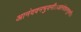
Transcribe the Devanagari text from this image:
आनंदवनभुवनी।।आनंदवनभुवनी।।